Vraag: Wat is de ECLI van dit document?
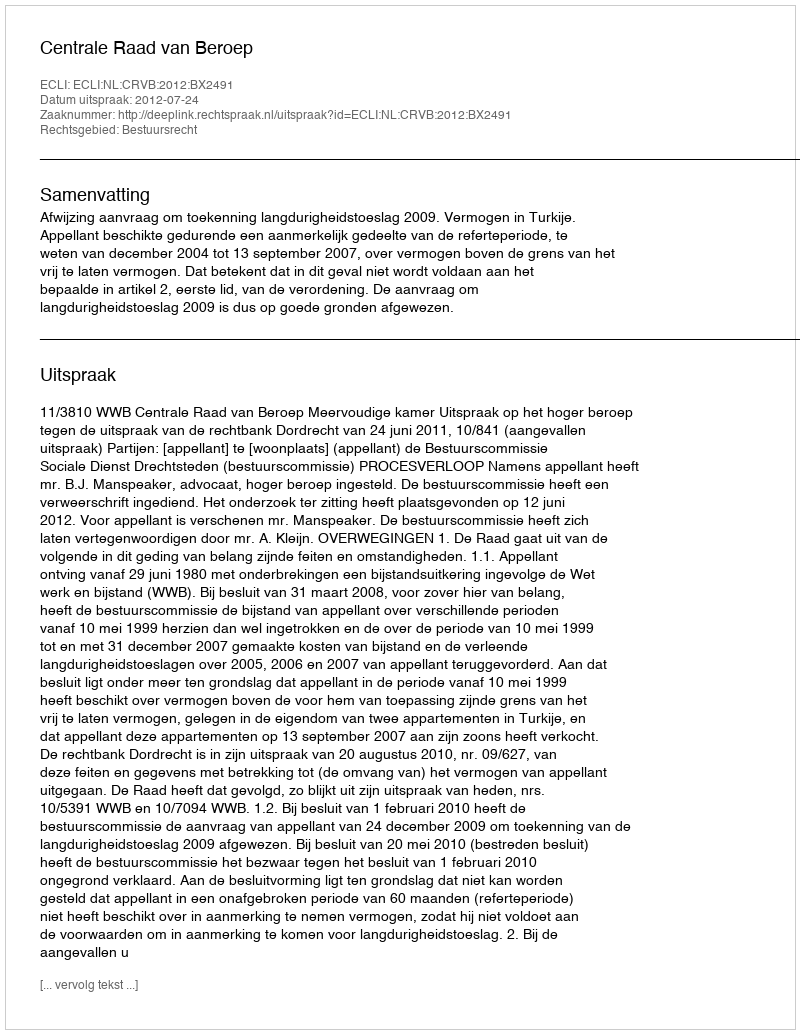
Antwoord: ECLI:NL:CRVB:2012:BX2491